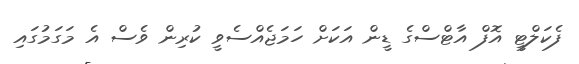
ފެކަލްޓީ އޮފް އާޓްސްގެ ޑީން އަކަށް ހަމަޖެއްސެވީ ކުރިން ވެސް އެ މަގަމުގައި